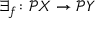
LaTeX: \exists _ { f } \colon { \mathcal { P } } X \to { \mathcal { P } } Y